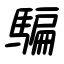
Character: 騙